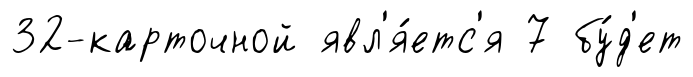
32-карточной явл'я́етс'я 7 бу́д'ет